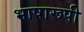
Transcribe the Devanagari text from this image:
भाषारूपी